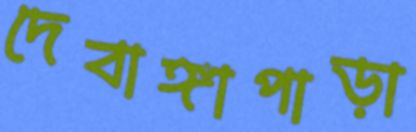
দেবাঙ্গাপাড়া